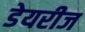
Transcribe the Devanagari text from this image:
डेयरीज